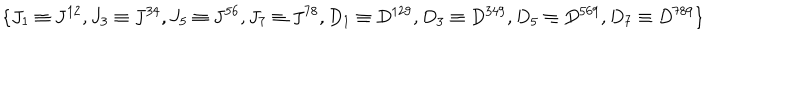
\{ J _ { 1 } \equiv J ^ { 1 2 } , J _ { 3 } \equiv J ^ { 3 4 } , J _ { 5 } \equiv J ^ { 5 6 } , J _ { 7 } \equiv J ^ { 7 8 } , D _ { 1 } \equiv D ^ { 1 2 9 } , D _ { 3 } \equiv D ^ { 3 4 9 } , D _ { 5 } \equiv D ^ { 5 6 9 } , D _ { 7 } \equiv D ^ { 7 8 9 } \}